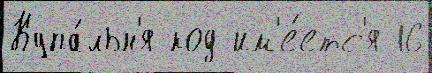
Купа́льн'я код им'е́етс'я 16